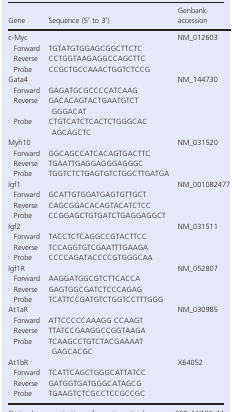
| Gene | Sequence (5′ to 3′) | Genbank accession |
 | --- | --- | --- |
 | c‐Myc |  | NM_012603 |
 | Forward | TGTATGTGGAGCGGCTTCTC |  |
 | Reverse | CCTGGTAAGAGGCCAGCTTC |  |
 | Probe | CCGCTGCCAAACTGGTCTCCG |  |
 | Gata4 |  | NM_144730 |
 | Forward | GAGATGCGCCCCATCAAG |  |
 | Reverse | GACACAGTACTGAATGTCTGGGACAT |  |
 | Probe | CTGTCATCTCACTCTGGGCACAGCAGCTC |  |
 | Myh10 |  | NM_031520 |
 | Forward | GGCAGCCATCACAGTGACTTC |  |
 | Reverse | TGAATTGAGGAGGGAGGGC |  |
 | Probe | TGGTCTCTGAGTGTCTGGCTTGATGA |  |
 | Igf1 |  | NM_001082477 |
 | Forward | GCATTGTGGATGAGTGTTGCT |  |
 | Reverse | CAGCGGACACAGTACATCTCC |  |
 | Probe | CCGGAGCTGTGATCTGAGGAGGCT |  |
 | Igf2 |  | NM_031511 |
 | Forward | TACCTCTCAGGCCGTACTTCC |  |
 | Reverse | TCCAGGTGTCGAATTTGAAGA |  |
 | Probe | CCCCAGATACCCCGTGGGCAA |  |
 | Igf1R |  | NM_052807 |
 | Forward | AAGGATGGCGTCTTCACCA |  |
 | Reverse | GAGTGGCGATCTCCCAGAG |  |
 | Probe | TCATTCCGATGTCTGGTCCTTTGGG |  |
 | At1aR |  | NM_030985 |
 | Forward | ATTCCCCCAAAGG CCAAGT |  |
 | Reverse | TTATCCGAAGGCCGGTAAGA |  |
 | Probe | TCAAGCCTGTCTACGAAAATGAGCACGC |  |
 | At1bR |  | X64052 |
 | Forward | TCATTCAGCTGGGCATTATCC |  |
 | Reverse | GATGGTGATGGGCATAGCG |  |
 | Probe | TGAAGTCTCGCCTCCGCCGC |  |